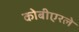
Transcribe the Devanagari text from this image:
कोबीएरले